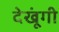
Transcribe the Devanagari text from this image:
देखूंगी